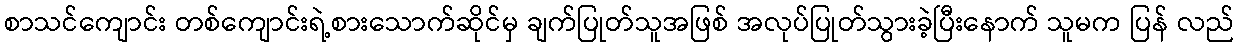
စာသင်ကျောင်း တစ်ကျောင်းရဲ့စားသောက်ဆိုင်မှ ချက်ပြုတ်သူအဖြစ် အလုပ်ပြုတ်သွားခဲ့ပြီးနောက် သူမက ပြန် လည်